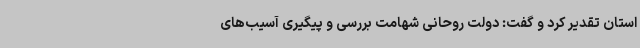
استان تقدیر کرد و گفت: دولت روحانی شهامت بررسی و پیگیری آسیب‌های